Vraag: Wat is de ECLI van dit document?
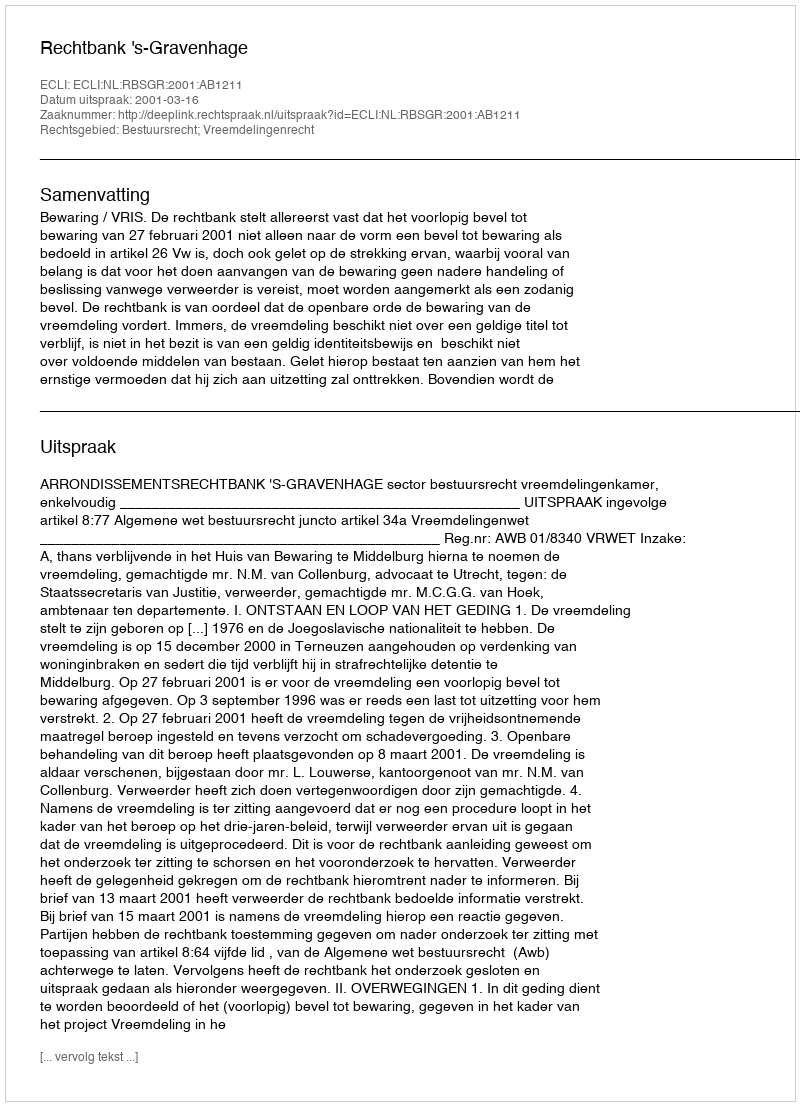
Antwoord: ECLI:NL:RBSGR:2001:AB1211